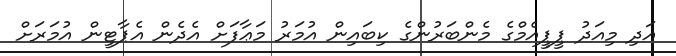
އަދި މިއަދު ޕީޕީއެމްގެ މެންބަރުންގެ ކިބައިން އުމަރު މަޢާފަށް އެދެން އެޕާޓީން އުމަރަށް